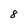
Character: 8